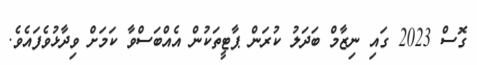
ގޮސް 2023 ގައި ނިޒާމް ބަދަލު ކުރަން ޕާޓީތަކުން އެއްބަސްވާ ކަމަށް ވިދާޅުވެފައެވެ.